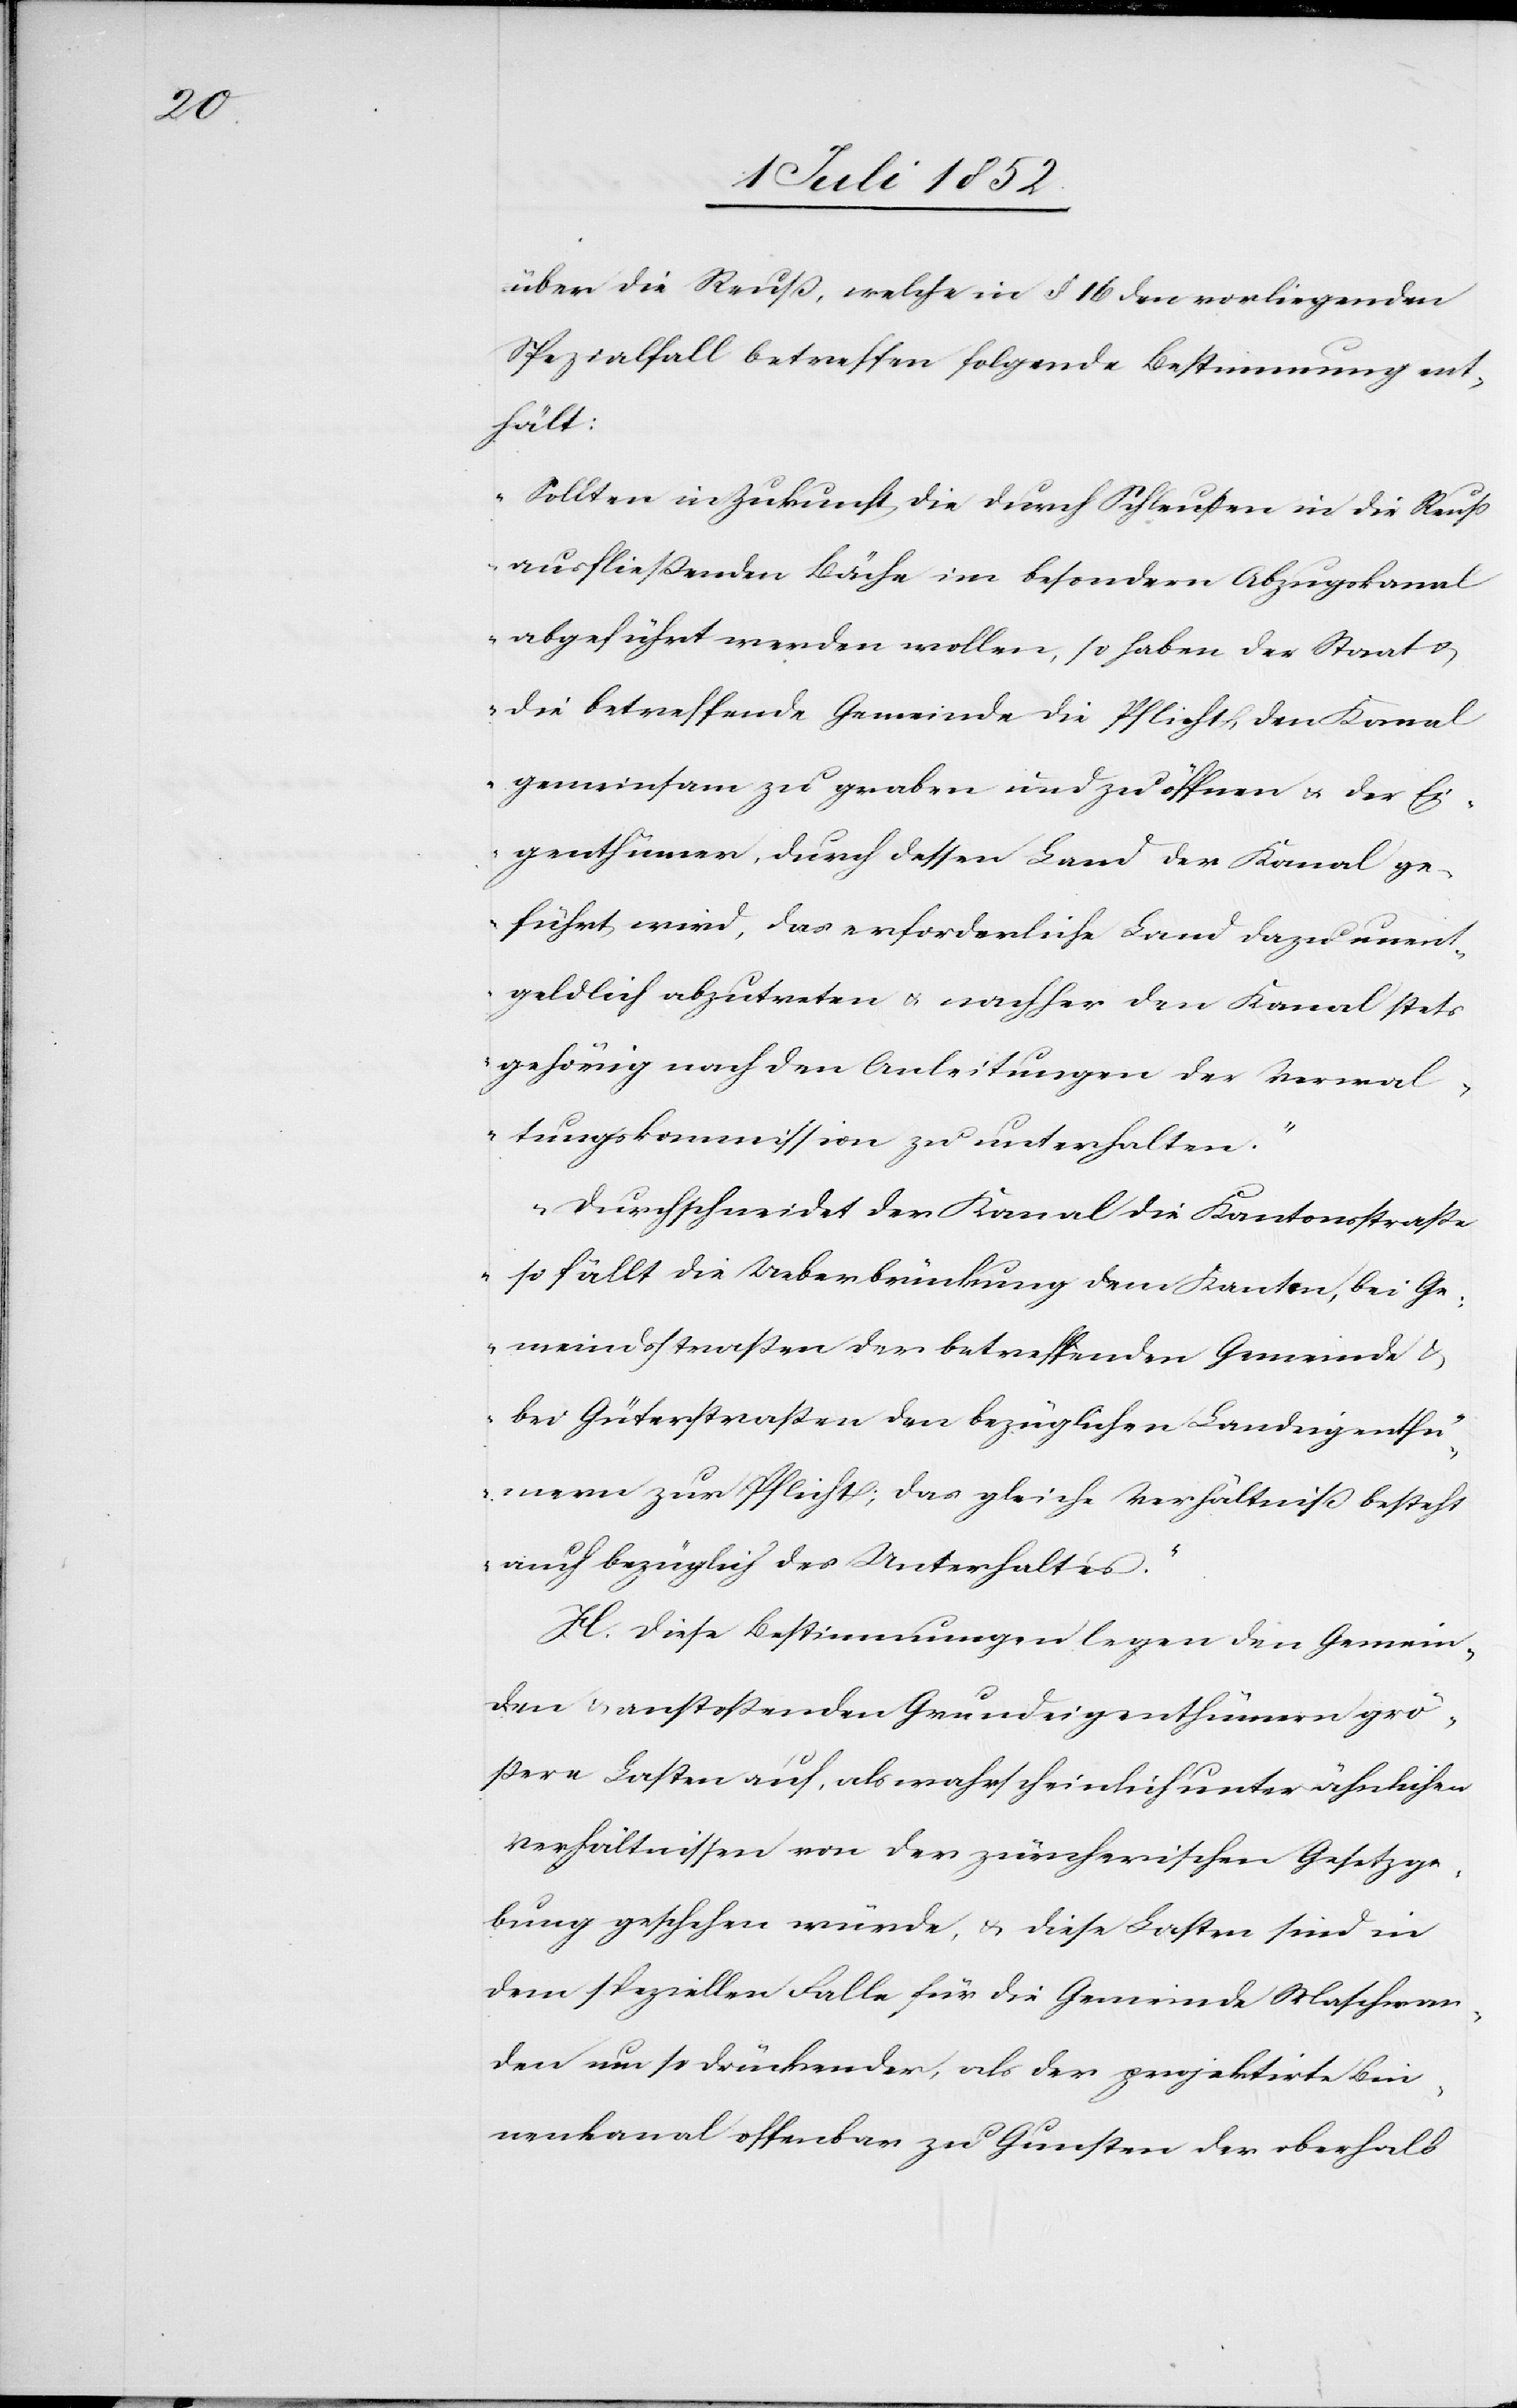
über die Reuß, welche in § 16 den vorliegenden
Spezialfall betreffen[d] folgende Bestimmung ent¬
hält:
„Sollten in Zukunft die durch Schleußen in die Reuß
ausfließenden Bäche im besondern Abzugskanal
abgeführt werden wollen, so haben der Staat &
die betreffende Gemeinde die Pflicht, den Kanal
gemeinsam zu graben und zu öffnen & der Ei¬
genthümer, durch dessen Land der Kanal ge¬
führt wird, das erforderliche Land dazu unent¬
geldlich abzutreten & nachher den Kanal stets
gehörig nach den Anleitungen der Verwal¬
tungskommission zu unterhalten.“
„Durchschneidet der Kanal die Kantonsstraße
so fällt die Ueberbrückung dem Kanton, bei Ge¬
meindsstraßen der betreffenden Gemeinde &
bei Güterstraßen den bezüglichen Landeigenthü¬
mern zur Pflicht; das gleiche Verhältniß besteht
auch bezüglich des Unterhaltes.“
H. Diese Bestimmungen legen den Gemein¬
den & anstoßenden Grundeigenthümern grö¬
ßere Lasten auf, als wahrscheinlich unter ähnlichen
Verhältnissen von der zürcherischen Gesetzge¬
bung geschehen würde, & diese Lasten sind in
dem speziellen Falle für die Gemeinde Maschwan¬
den um so drückender, als der projektirte Bin¬
nenkanal offenbar zu Gunsten der oberhalb